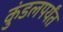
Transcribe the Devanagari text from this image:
कुंडलपर्यंत